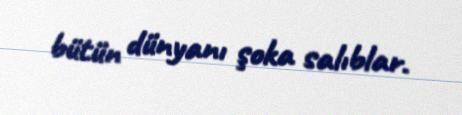
bütün dünyanı şoka salıblar.